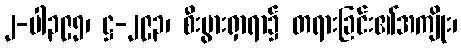
၂-ပါ၃၉၅၊ ဋ္ဌ-၂၉၃၊ စီးပွားရှာရာ၌ တရားခြင်း၏အကျိုး၊